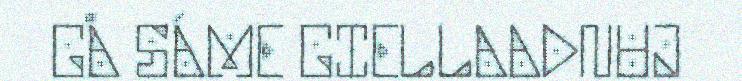
GÅ SÁME GIELLAADNUJ